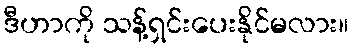
ဒီဟာကို သန့်ရှင်းပေးနိုင်မလား။